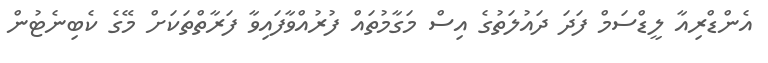
އެންޑްރިއާ ލީޑްސަމް ފަދަ ދައުލަތުގެ އިސް މަގާމުތައް ފުރުއްވާފައިވާ ފަރާތްތަކަށް މޭގެ ކެބިނެޓުން